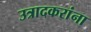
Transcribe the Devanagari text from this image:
उत्रादकरांना